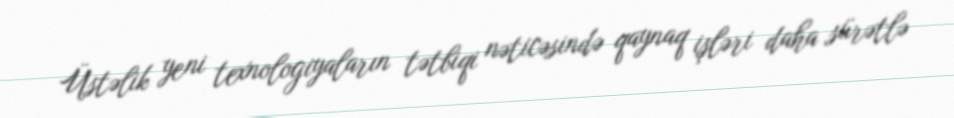
Üstəlik yeni texnologiyaların tətbiqi nəticəsində qaynaq işləri daha sürətlə